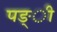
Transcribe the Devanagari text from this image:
पङ्ी